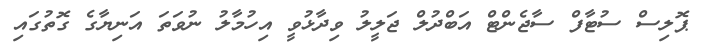
ޕޮލިސް ސުޓާފް ސާޖެންޓް އަބްދުލް ޖަލީލު ވިދާޅުވީ އިހުމާލު ނުވަތަ އަނިޔާގެ ގޮތުގައި